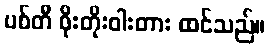
ပစ်တီ ဝိုးတိုးဝါးတား ထင်သည်။